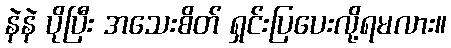
နဲနဲ ပိုပြီး အသေးစိတ် ရှင်းပြပေးလို့ရမလား။